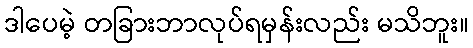
ဒါပေမဲ့ တခြားဘာလုပ်ရမှန်းလည်း မသိဘူး။